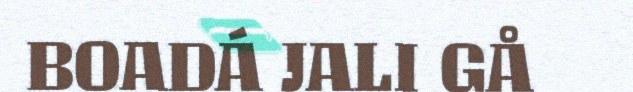
BOADÁ JALI GÅ